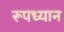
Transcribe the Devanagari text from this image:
रूपध्यान